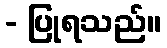
- ပြုရသည်။